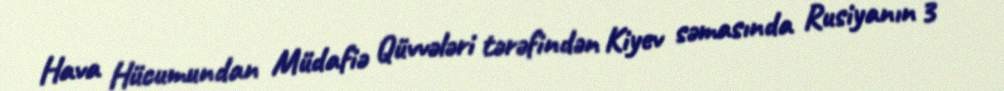
Hava Hücumundan Müdafiə Qüvvələri tərəfindən Kiyev səmasında Rusiyanın 3